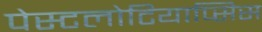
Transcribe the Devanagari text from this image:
पेस्टलोटियाप्सिस